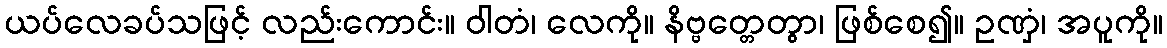
ယပ်လေခပ်သဖြင့် လည်းကောင်း။ ဝါတံ၊ လေကို။ နိဗ္ဗတ္တေတွာ၊ ဖြစ်စေ၍။ ဥဏှံ၊ အပူကို။